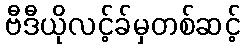
ဗီဒီယိုလင့်ခ်မှတစ်ဆင့်